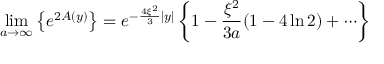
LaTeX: \operatorname * { l i m } _ { a \rightarrow \infty } \left\{ e ^ { 2 A ( y ) } \right\} = e ^ { - \frac { 4 \xi ^ { 2 } } { 3 } | y | } \left\{ 1 - \frac { \xi ^ { 2 } } { 3 a } ( 1 - 4 \ln 2 ) + \cdots \right\}